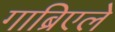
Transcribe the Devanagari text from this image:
गाब्रिएले